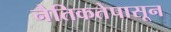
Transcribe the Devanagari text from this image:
नैतिकतेपासून